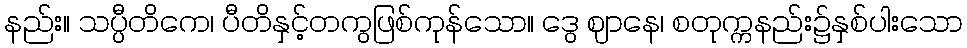
နည်း။ သပ္ပီတိကေ၊ ပီတိနှင့်တကွဖြစ်ကုန်သော။ ဒွေ ဈာနေ၊ စတုက္ကနည်း၌နှစ်ပါးသော